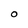
Character: O